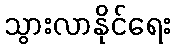
သွားလာနိုင်ရေး